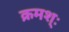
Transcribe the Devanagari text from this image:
क्रमश्ः